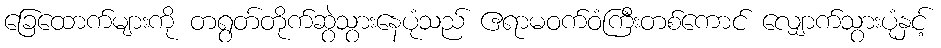
ခြေထောက်များကို တရွတ်တိုက်ဆွဲသွားနေပုံသည် ဧရာမဝက်ဝံကြီးတစ်ကောင် လျှောက်သွားပုံနှင့်